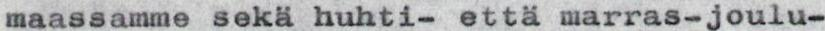
maassamme sekä huhti- että marras-joulu-